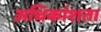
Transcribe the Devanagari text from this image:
अधिकांशता